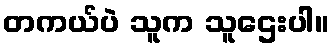
တကယ်ပဲ သူက သူဌေးပါ။